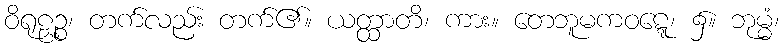
ဝိရုဠှဉ္စ၊ တက်လည်း တက်၏။ ယတ္ထာတိ၊ ကား။ တေဘူမကဝဋ္ဋေ၊ ၌။ ဘုမ္မံ၊